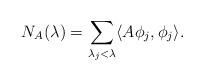
LaTeX: \begin{align*} N_A(\lambda) = \sum_{\lambda_j < \lambda} \langle A \phi_j, \phi_j \rangle.\end{align*}